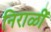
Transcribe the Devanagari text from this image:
निराळीं